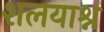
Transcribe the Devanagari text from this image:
शलयाश्न